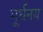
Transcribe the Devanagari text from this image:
मूर्धनय